Civil Veterinary Department. Madras. Admin. report 1910-25 - 1910-1925
Year: 1910
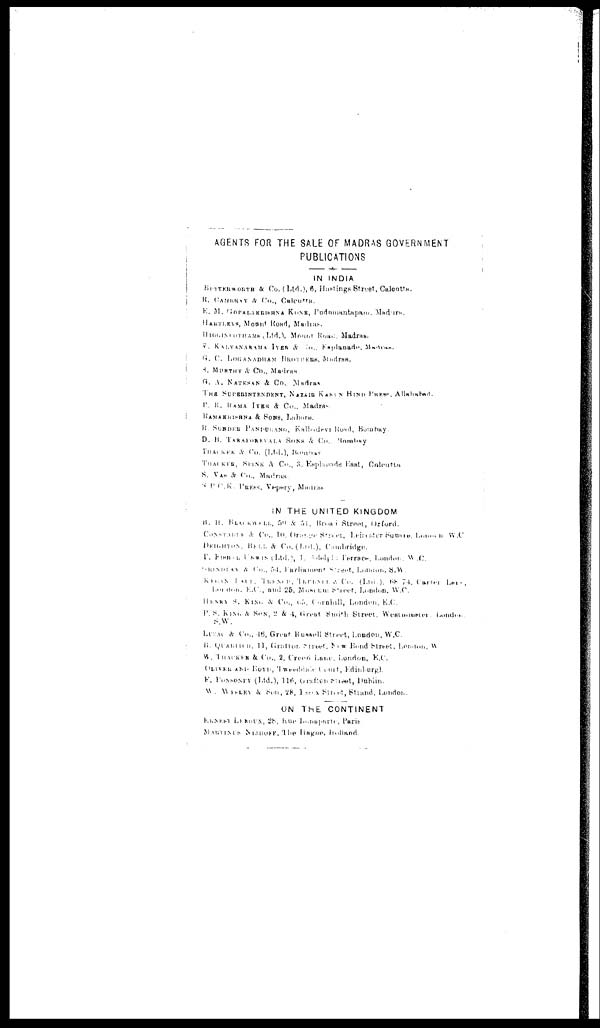
AGENTS FOR THE SALE OF MADRAS GOVERNMENT
PUBLICATIONS
IN INDIA
BUTTERWORTH & Co. (Ltd.), 6, Hastings Street, Calcutta.
R. CANBRAY & Co., Calcutta.
E. M.
Gopalakrishna
Kone, Pad nmnntapain. Madura.
HARTLEYS, Mount Road, Madras.
HIGGINPOTHAMS
Ltd.,
Mount
Road, Madras.
V. KALYANARAMA
IYER & Co., Esplanade, Madras.
G. C. LOGANADHAM BROTHERS, Madras.
S. MURTHY & CO.,
Madras.
G. A. NATESAN & Co., Madras
THE
SUPERINTENDENT,
NAZAIR
KAMUN
HIND
PRESS,
Allahabad.
P. K. KAMA IYER & Co., Madras.
RAMAKRISHNA & SONS, Lahore.
R. SUNDER PANDURANG, Kalbadevi Road, Bombay.
D.
B.
TARAPOREVALA SONS & CO., Bombay.
THACKER & CO. (Ltd.), Bombay.
THACKER, SPINK & CO., 3. Esplanade East, Calcutta.
S. VAS & CO., Madras.
S P C.K. PRESS, Vepery, Madras.
IN THE UNITED KINGDOM
B. H. BLACKWEDD, 50 & 51, Broad Street,i Strom, Oxford.
Constable & Co., 10, Orange street, Leicester Square, London W.C.
DEIGHTON, BROD & CO. (Ltd.), Cambridge.
P. FISH UNWIN (Ltd.), 1. Adolph, Tarrace, London, W. C.
GRINDDAY & Co., 54, Parliament Street, London, S.W.
London, E.C., and 25, Museum Street, London, W.C.
HENRY S. KING & CO., 65, Corphill, London, E.C.
P. S. KING & SON, 2 & 4, Great Smith Street,
Westhumster, London
S.W.
Luzac & Co., 46, Great Russell Street, London, W.C.
B. Quartech, H, Gratton Street, New Bond Street, London, W
W. THACKER & Co., 2, Creed Lane, London, E.C.
OLIVER
AND
Tweeddale
Court,
Edinburgh.
F. PONSONFY (Ltd.), 116, Graften Street, Dublin.
W. Wessley & Son, 28, Issar Street, Strand, London.
ON THE CONTINENT
ERNEST,
28,
Rue
Bonaparte,
Paris.
MARTINS NIJHOFF,
The Hague, Holland.